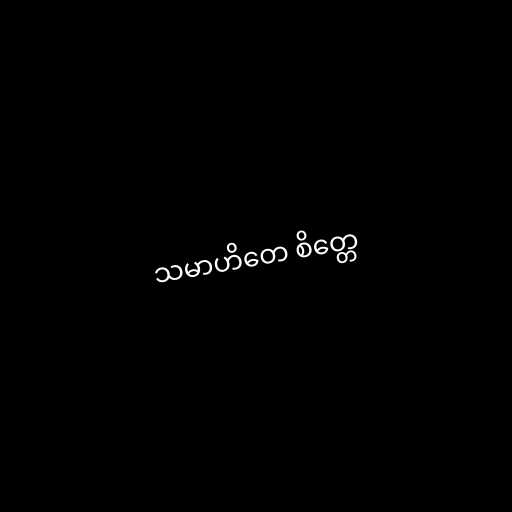
သမာဟိတေ စိတ္တေ